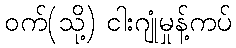
ဝက်(သို့) ငါးဂျုံမှုန့်ကပ်